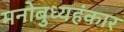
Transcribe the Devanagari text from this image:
मनोबुध्यहंकार